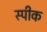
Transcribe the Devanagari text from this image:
स्‍पीक